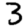
Digit: 3